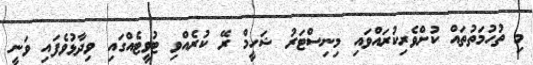
މި ތުހުމަތުތައް ކުށްވެރިކުރައްވައި މިނިސްޓަރު ޝަހީމް ރޭ ކުރެއްވި ޓުވީޓެއްގައި ވިދާޅުވެފައި ވަނީ